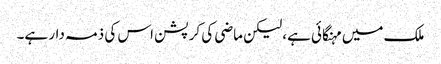
ملک میں مہنگائی ہے، لیکن ماضی کی کرپشن اس کی ذمہ دار ہے۔